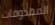
المقذوفات